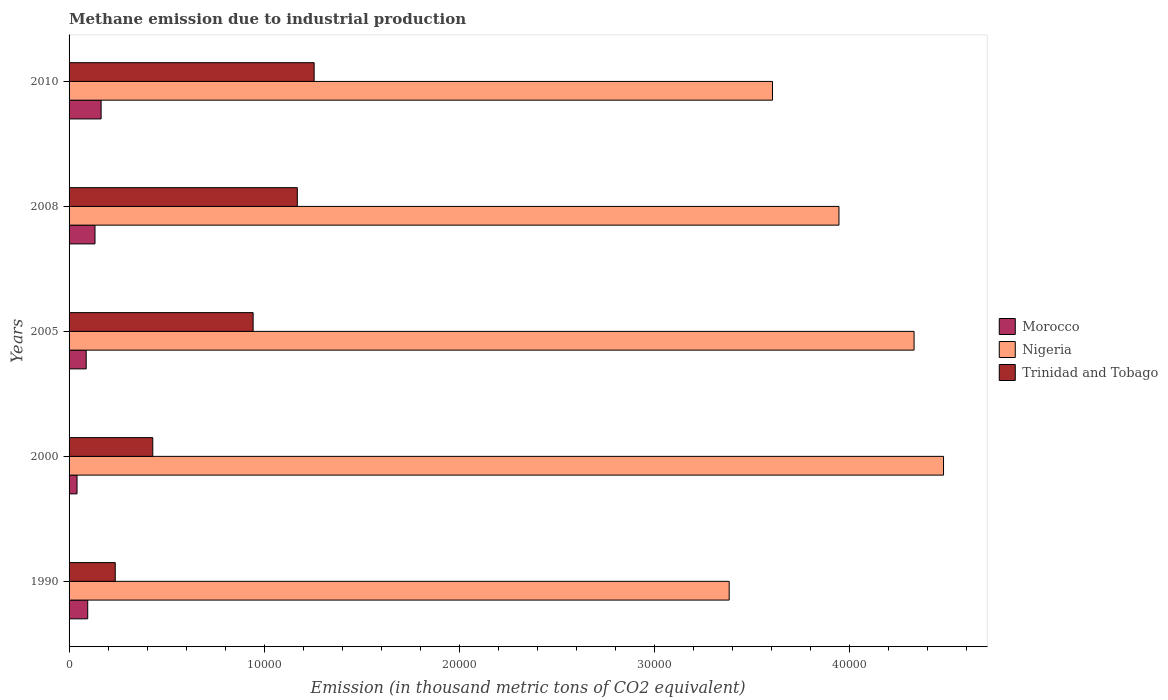
| Years | Morocco | Nigeria | Trinidad and Tobago |
 | --- | --- | --- | --- |
 | 1990 | 955 | 3.38e+04 | 2.37e+03 |
 | 2000 | 408 | 4.48e+04 | 4.29e+03 |
 | 2005 | 878 | 4.33e+04 | 9.43e+03 |
 | 2008 | 1.33e+03 | 3.95e+04 | 1.17e+04 |
 | 2010 | 1.64e+03 | 3.61e+04 | 1.26e+04 |